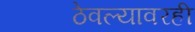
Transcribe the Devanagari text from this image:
ठेवल्यावरही